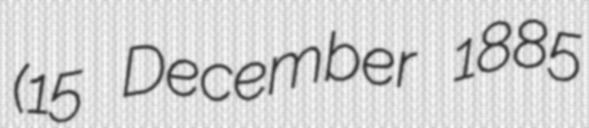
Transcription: (15 December 1885